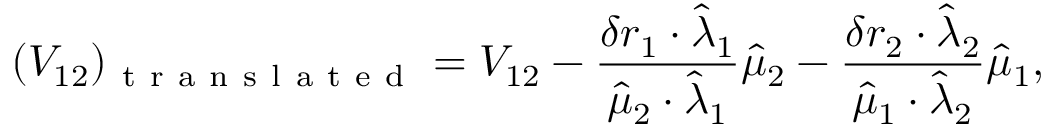
( V _ { 1 2 } ) _ { \mathrm { ~ t ~ r ~ a ~ n ~ s ~ l ~ a ~ t ~ e ~ d ~ } } = V _ { 1 2 } - \frac { \delta r _ { 1 } \cdot \hat { \lambda } _ { 1 } } { \hat { \mu } _ { 2 } \cdot \hat { \lambda } _ { 1 } } \hat { \mu } _ { 2 } - \frac { \delta r _ { 2 } \cdot \hat { \lambda } _ { 2 } } { \hat { \mu } _ { 1 } \cdot \hat { \lambda } _ { 2 } } \hat { \mu } _ { 1 } ,